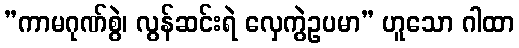
”ကာမဂုဏ်စွဲ၊ လွန်ဆင်းရဲ လှေကွဲဥပမာ” ဟူသော ဂါထာ